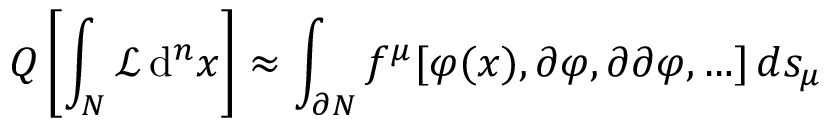
Q \left[ \int _ { N } { \mathcal { L } } \, \mathrm { d } ^ { n } x \right] \approx \int _ { \partial N } f ^ { \mu } [ \varphi ( x ) , \partial \varphi , \partial \partial \varphi , \ldots ] \, d s _ { \mu }